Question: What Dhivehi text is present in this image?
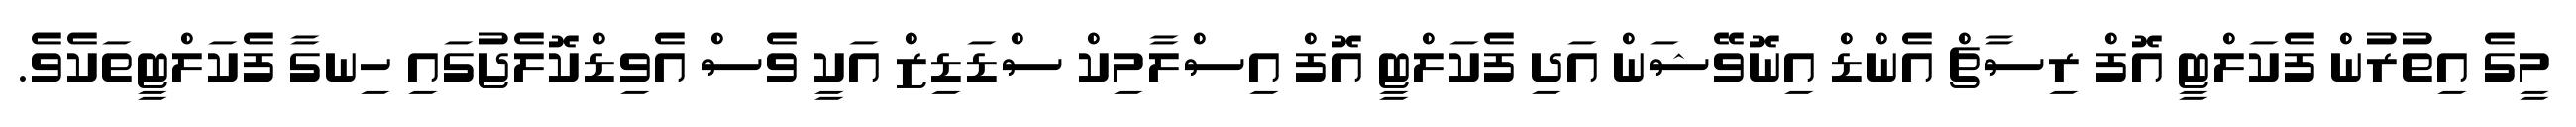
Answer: މީގެ އިތުރުން ފެކަލްޓީ އޮފް ރިސާޗް އެންޑް އިނޮވޭޝަން އަދި ފެކަލްޓީ އޮފް އިސްލާމިކް ސްޑަޑިޒް އަކީ ވެސް އެވިޑްކޮލެޖުގައި ހިނގާ ފެކަލްޓީތަކެވެ.